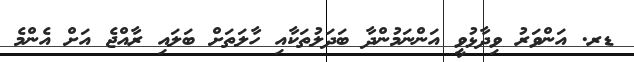
ޑރ. އަންވަރު ވިދާޅުވީ އަންނަމުންދާ ބަދަލުތަކާއި ހާލަތަށް ބަލައި ރާއްޖެ އަށް އެންމެ